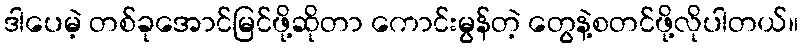
ဒါပေမဲ့ တစ်ခုအောင်မြင်ဖို့ဆိုတာ ကောင်းမွန်တဲ့ တွေနဲ့စတင်ဖို့လိုပါတယ်။